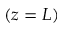
( z = L )